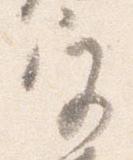
宮